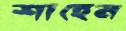
শাহেন